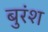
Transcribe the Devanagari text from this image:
बुरंश